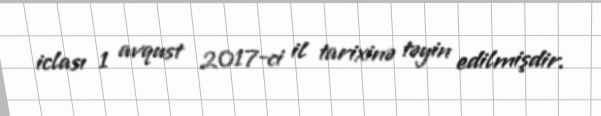
iclası 1 avqust 2017-ci il tarixinə təyin edilmişdir.